Regulations for the medical services of the Army of India
Year: 1930
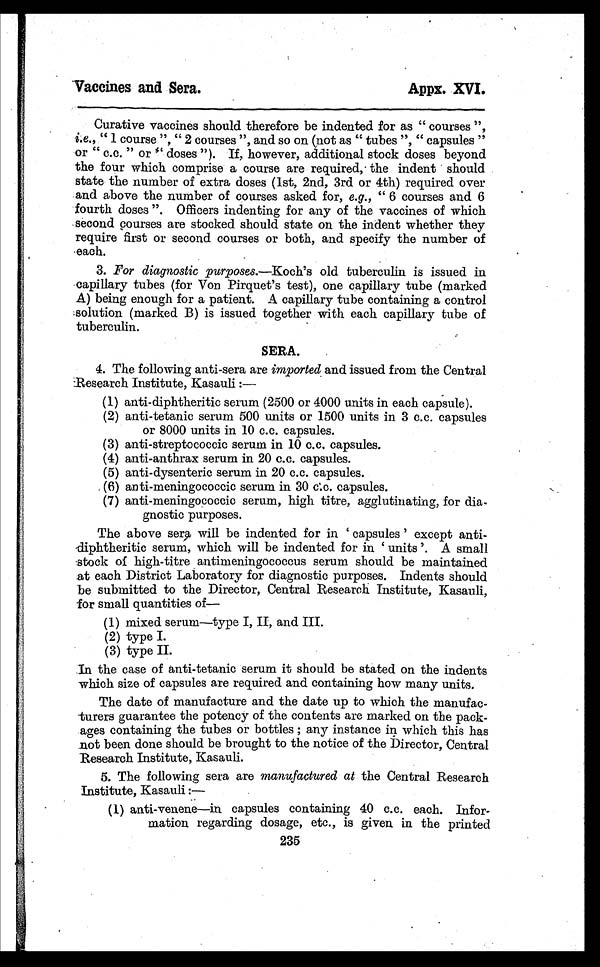
Vaccines and Sera.
Appx.XVI.
Curative vaccines should therefore be indented for as " courses ",
i.e. , "1 course ", " 2 courses ", and so on (not as " tubes ", " capsules "
or " c.c. " or " doses "). If, however, additional stock doses beyond
the four which comprise a course are required, the indent should
state the number of extra doses (1st, 2nd, 3rd or 4th) required over
and above the number of courses asked for, e.g., " 6 courses and 6
fourth doses ". Officers indenting for any of the vaccines of which
second courses are stocked should state on the indent whether they
require first or second courses or both, and specify the number of
each.
3. For diagnostic purposes.—Koch's old tuberculin is issued in
capillary tubes (for Von Pirquet's test), one capillary tube (marked
A) being enough for a patient. A capillary tube containing a control
solution (marked B) is issued together with each capillary tube of
tuberculin.
SERA.
4. The following anti-sera are imported and issued from the Central
Research Institute, Kasauli
:—
(1)anti-diphtheritic serum (2500 or 4000 units in each capsule).
(2)anti-tetanic serum 500 units or 1500 units in 3 c.c. capsules
or 8000 units in 10 c.c. capsules.
(3)anti-streptococcic serum in 10 c.c. capsules.
(4)anti-anthrax serum in 20 c.c. capsules.
(5)anti-dysenteric serum in 20 c.c. capsules.
(6)anti-meningococcic serum in 30 c.c. capsules.
(7)anti-meningococcic serum, high titre, agglutinating, for dia-
gnostic purposes.
The above sera will be indented for in ' capsules ' except anti-
diphtheritic serum, which will be indented for in ' units ' . A small
stock of high-titre antimeningococcus serum should be maintained
at each District Laboratory for diagnostic purposes. Indents should
be submitted to the Director, Central Research Institute, Kasauli,
for small quantities of—
(1)mixed serum—type I, II, and III.
(2)type I.
(3)type II.
In the case of anti-tetanic serum it should be stated on the indents
which size of capsules are required and containing how many units.
The date of manufacture and the date up to which the manufac-
turers guarantee the potency of the contents are marked on the pack-
ages containing the tubes or bottles ; any instance in which this has
not been done should be brought to the notice of the Director, Central
Research Institute, Kasauli:—
5. The following sera are manufactured at the Central Research
Institute, Kasaul
(1) anti-venene—in capsules containing 40 c.c. each. Infor-
mation regarding dosage, etc., is given in the printed
235